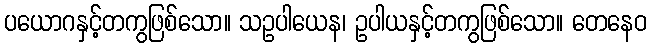
ပယောဂနှင့်တကွဖြစ်သော။ သဥပါယေန၊ ဥပါယနှင့်တကွဖြစ်သော။ တေနေဝ